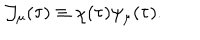
LaTeX: { \cal J } _ { \mu } ( \tau ) \equiv \chi ( \tau ) \psi _ { \mu } ( \tau ) .